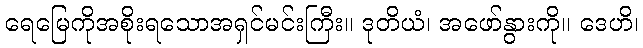
ရေမြေကိုအစိုးရသောအရှင်မင်းကြီး။ ဒုတိယံ၊ အဖော်နွားကို။ ဒေဟိ၊